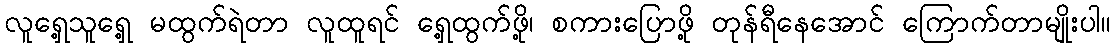
လူရှေ့သူရှေ့ မထွက်ရဲတာ လူထူရင် ရှေ့ထွက်ဖို့၊ စကားပြောဖို့ တုန်ရီနေအောင် ကြောက်တာမျိုးပါ။